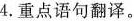
4.重点语句翻译。